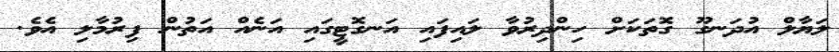
ލަޔާލް އުދަނގޫ ގޮތަކަށް ހިންދިރުވާ ލައިފައި އަނގޮޓީގައި އަނެއް އަތުން ފިރުމާލި އެވެ.